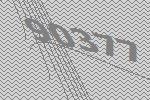
90377